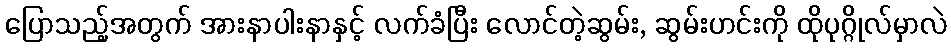
ပြောသည့်အတွက် အားနာပါးနာနှင့် လက်ခံပြီး လောင်တဲ့ဆွမ်း, ဆွမ်းဟင်းကို ထိုပုဂ္ဂိုလ်မှာလဲ